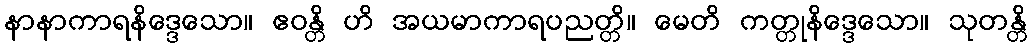
နာနာကာရနိဒ္ဒေသော။ ဧဝန္တိ ဟိ အယမာကာရပညတ္တိ။ မေတိ ကတ္တုနိဒ္ဒေသော။ သုတန္တိ